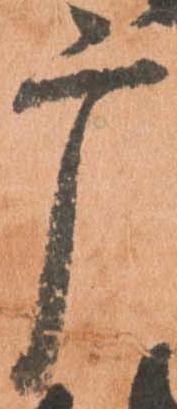
广